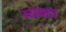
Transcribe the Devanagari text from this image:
व्यवहा